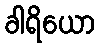
ခါရိယော